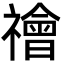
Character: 禬